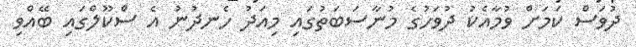
ދުވަސް ކަމަށް ވުމާއެކު ދުވަހުގެ މުނާސަބަތުގައި މިއަދު ހެނދުނު އެ ސްކޫލްގައި ބޭއްވި